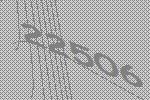
22506